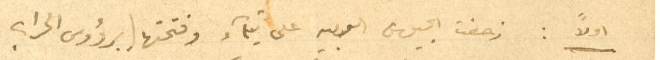
اولاً: زحفت الجيوش العربية على تيماء وفتحتها برؤوس الحراب